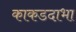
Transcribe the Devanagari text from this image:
काकडदाभा